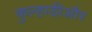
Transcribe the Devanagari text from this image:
कुल्हाड़ीऔर